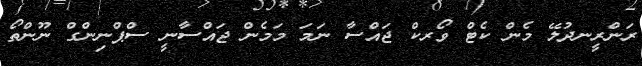
ރަންރީނދުލޭ މެން ކެޓް ވޯރކް ޖައްސާ ނަމަ މަމެން ޖައްސާނީ ސްޕްނިންގް ނޫންތޯ